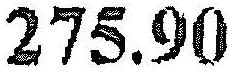
275.90